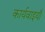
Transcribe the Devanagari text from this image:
कार्यवाइयाँ